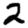
Digit: 2